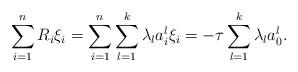
LaTeX: \begin{align*}\sum_{i=1}^n R_i\xi_i=\sum_{i=1}^n\sum_{l=1}^k \lambda_l a_i^l \xi_i=-\tau\sum_{l=1}^k \lambda_l a_0^l.\end{align*}